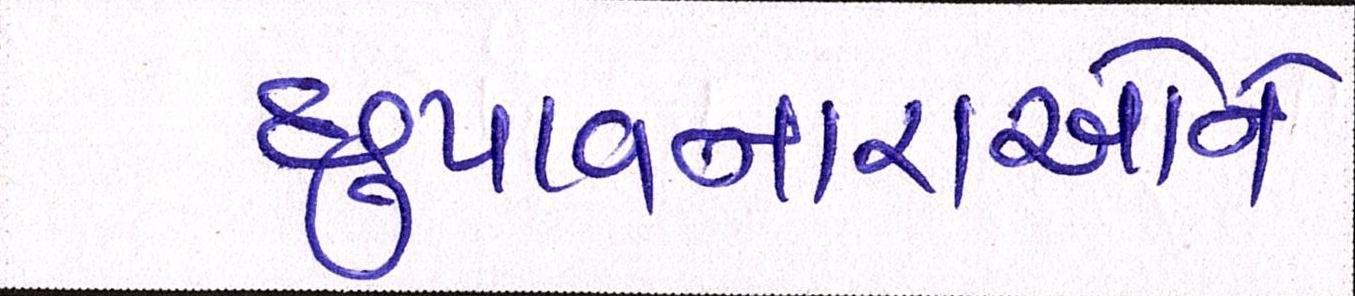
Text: છુપાવનારાઓને